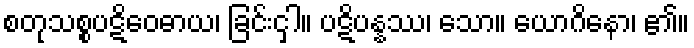
စတုသစ္စပဋိဝေဓာယ၊ ခြင်းငှါ။ ပဋိပန္နဿ၊ သော။ ယောဂိနော၊ ၏။